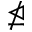
\ntrianglelefteq